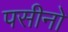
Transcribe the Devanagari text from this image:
पसीनो